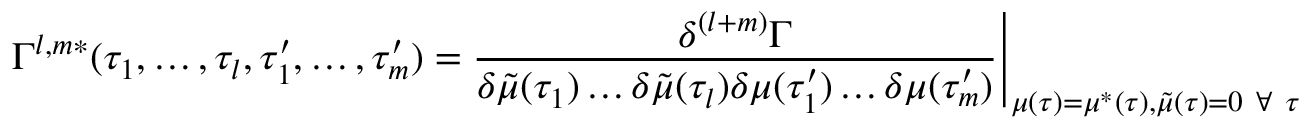
\Gamma ^ { l , m * } ( \tau _ { 1 } , \dots , \tau _ { l } , \tau _ { 1 } ^ { \prime } , \dots , \tau _ { m } ^ { \prime } ) = \frac { \delta ^ { ( l + m ) } \Gamma } { \delta \tilde { \mu } ( \tau _ { 1 } ) \dots \delta \tilde { \mu } ( \tau _ { l } ) \delta { \mu } ( \tau _ { 1 } ^ { \prime } ) \dots \delta { \mu } ( \tau _ { m } ^ { \prime } ) } \Bigg | _ { \mu ( \tau ) = \mu ^ { * } ( \tau ) , \tilde { \mu } ( \tau ) = 0 \mathrm { ~ } \forall \mathrm { ~ } \tau }